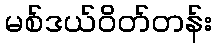
မစ်ဒယ်ဝိတ်တန်း